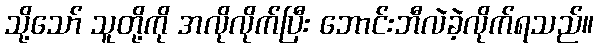
သို့သော် သူတို့ကို အလိုလိုက်ပြီး ဘောင်းဘီလဲခဲ့လိုက်ရသည်။